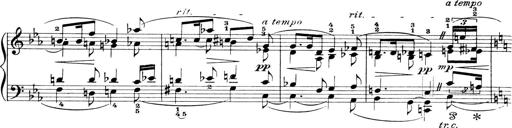
Title: 4 Sonatines
Composer: Max Reger